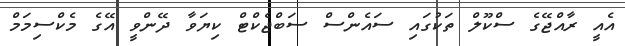
އެއީ ރާއްޖޭގެ ސްކޫލް ތަކުގައި ސައެންސް ސަބްޖެކްޓް ކިޔަވާ ދޭންވީ އޭގެ މެކްސިމަމް